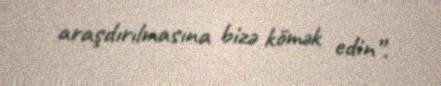
araşdırılmasına bizə kömək edin”.